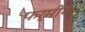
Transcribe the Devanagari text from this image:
फर्मीय